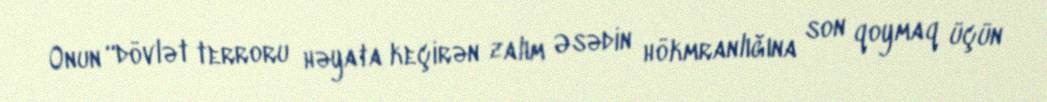
Onun “dövlət terroru həyata keçirən zalım Əsədin hökmranlığına son qoymaq üçün